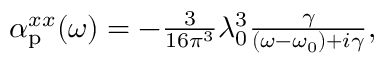
\begin{array} { r } { \alpha _ { \mathrm { p } } ^ { x x } ( \omega ) = - \frac { 3 } { 1 6 \pi ^ { 3 } } \lambda _ { 0 } ^ { 3 } \frac { \gamma } { ( \omega - \omega _ { 0 } ) + i \gamma } , } \end{array}